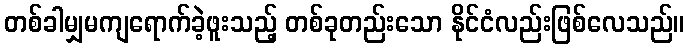
တစ်ခါမျှမကျရောက်ခဲ့ဖူးသည့် တစ်ခုတည်းသော နိုင်ငံလည်းဖြစ်လေသည်။